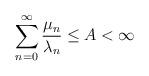
LaTeX: \begin{align*}\sum_{n=0}^\infty\frac{\mu_n}{\lambda_n}\leq A<\infty\end{align*}